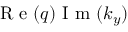
\mathrm { ~ R ~ e ~ } ( q ) \mathrm { ~ I ~ m ~ } ( k _ { y } )